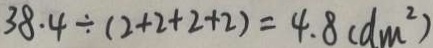
3 8 . 4 \div ( 2 + 2 + 2 + 2 ) = 4 . 8 ( d m ^ { 2 } )